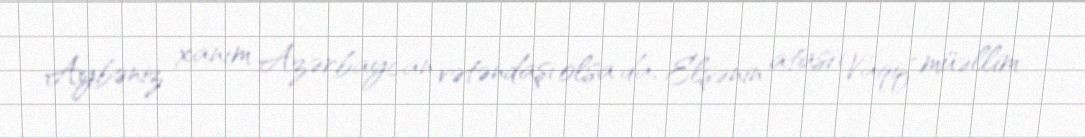
Aybəniz xanım Azərbaycan vətəndaşı olsa da, Elşənin atası Vaqif müəllim